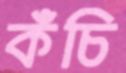
কঁচি